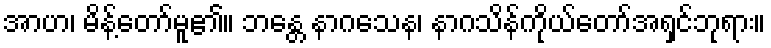
အာဟ၊ မိန့်တော်မူ၏။ ဘန္တေ နာဂသေန၊ နာဂသိန်ကိုယ်တော်အရှင်ဘုရား။